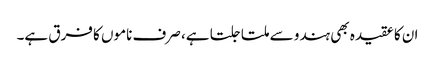
ان کا عقیدہ بھی ہندو سے ملتا جلتا ہے، صرف ناموں کا فرق ہے۔